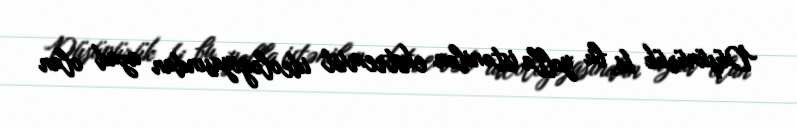
Düşünürük ki, bu yolla istənilən ekstremist ideologiyasından azad olan